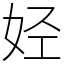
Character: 𫰛